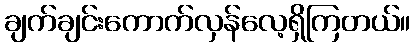
ချက်ချင်းကောက်လှန်လေ့ရှိကြတယ်။